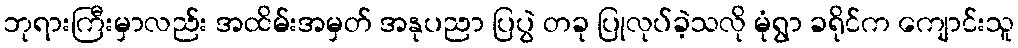
ဘုရားကြီးမှာလည်း အထိမ်းအမှတ် အနုပညာ ပြပွဲ တခု ပြုလုပ်ခဲ့သလို မုံရွာ ခရိုင်က ကျောင်းသူ